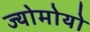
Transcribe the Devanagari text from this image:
ज्योमोयो